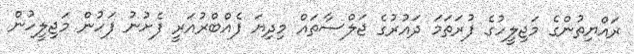
ރައްޔިތުންގެ މަޖިލީހުގެ ފުރަތަމަ ދައުރުގެ ޖަލްސާތައް މިދިޔަ ފެއްބްރުއަރީ ފެށުނު ފަހުން މަޖިލީހުން